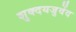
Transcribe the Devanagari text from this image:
शुक्दयजुर्वेद